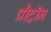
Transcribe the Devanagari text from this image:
प्रौट्रॉन